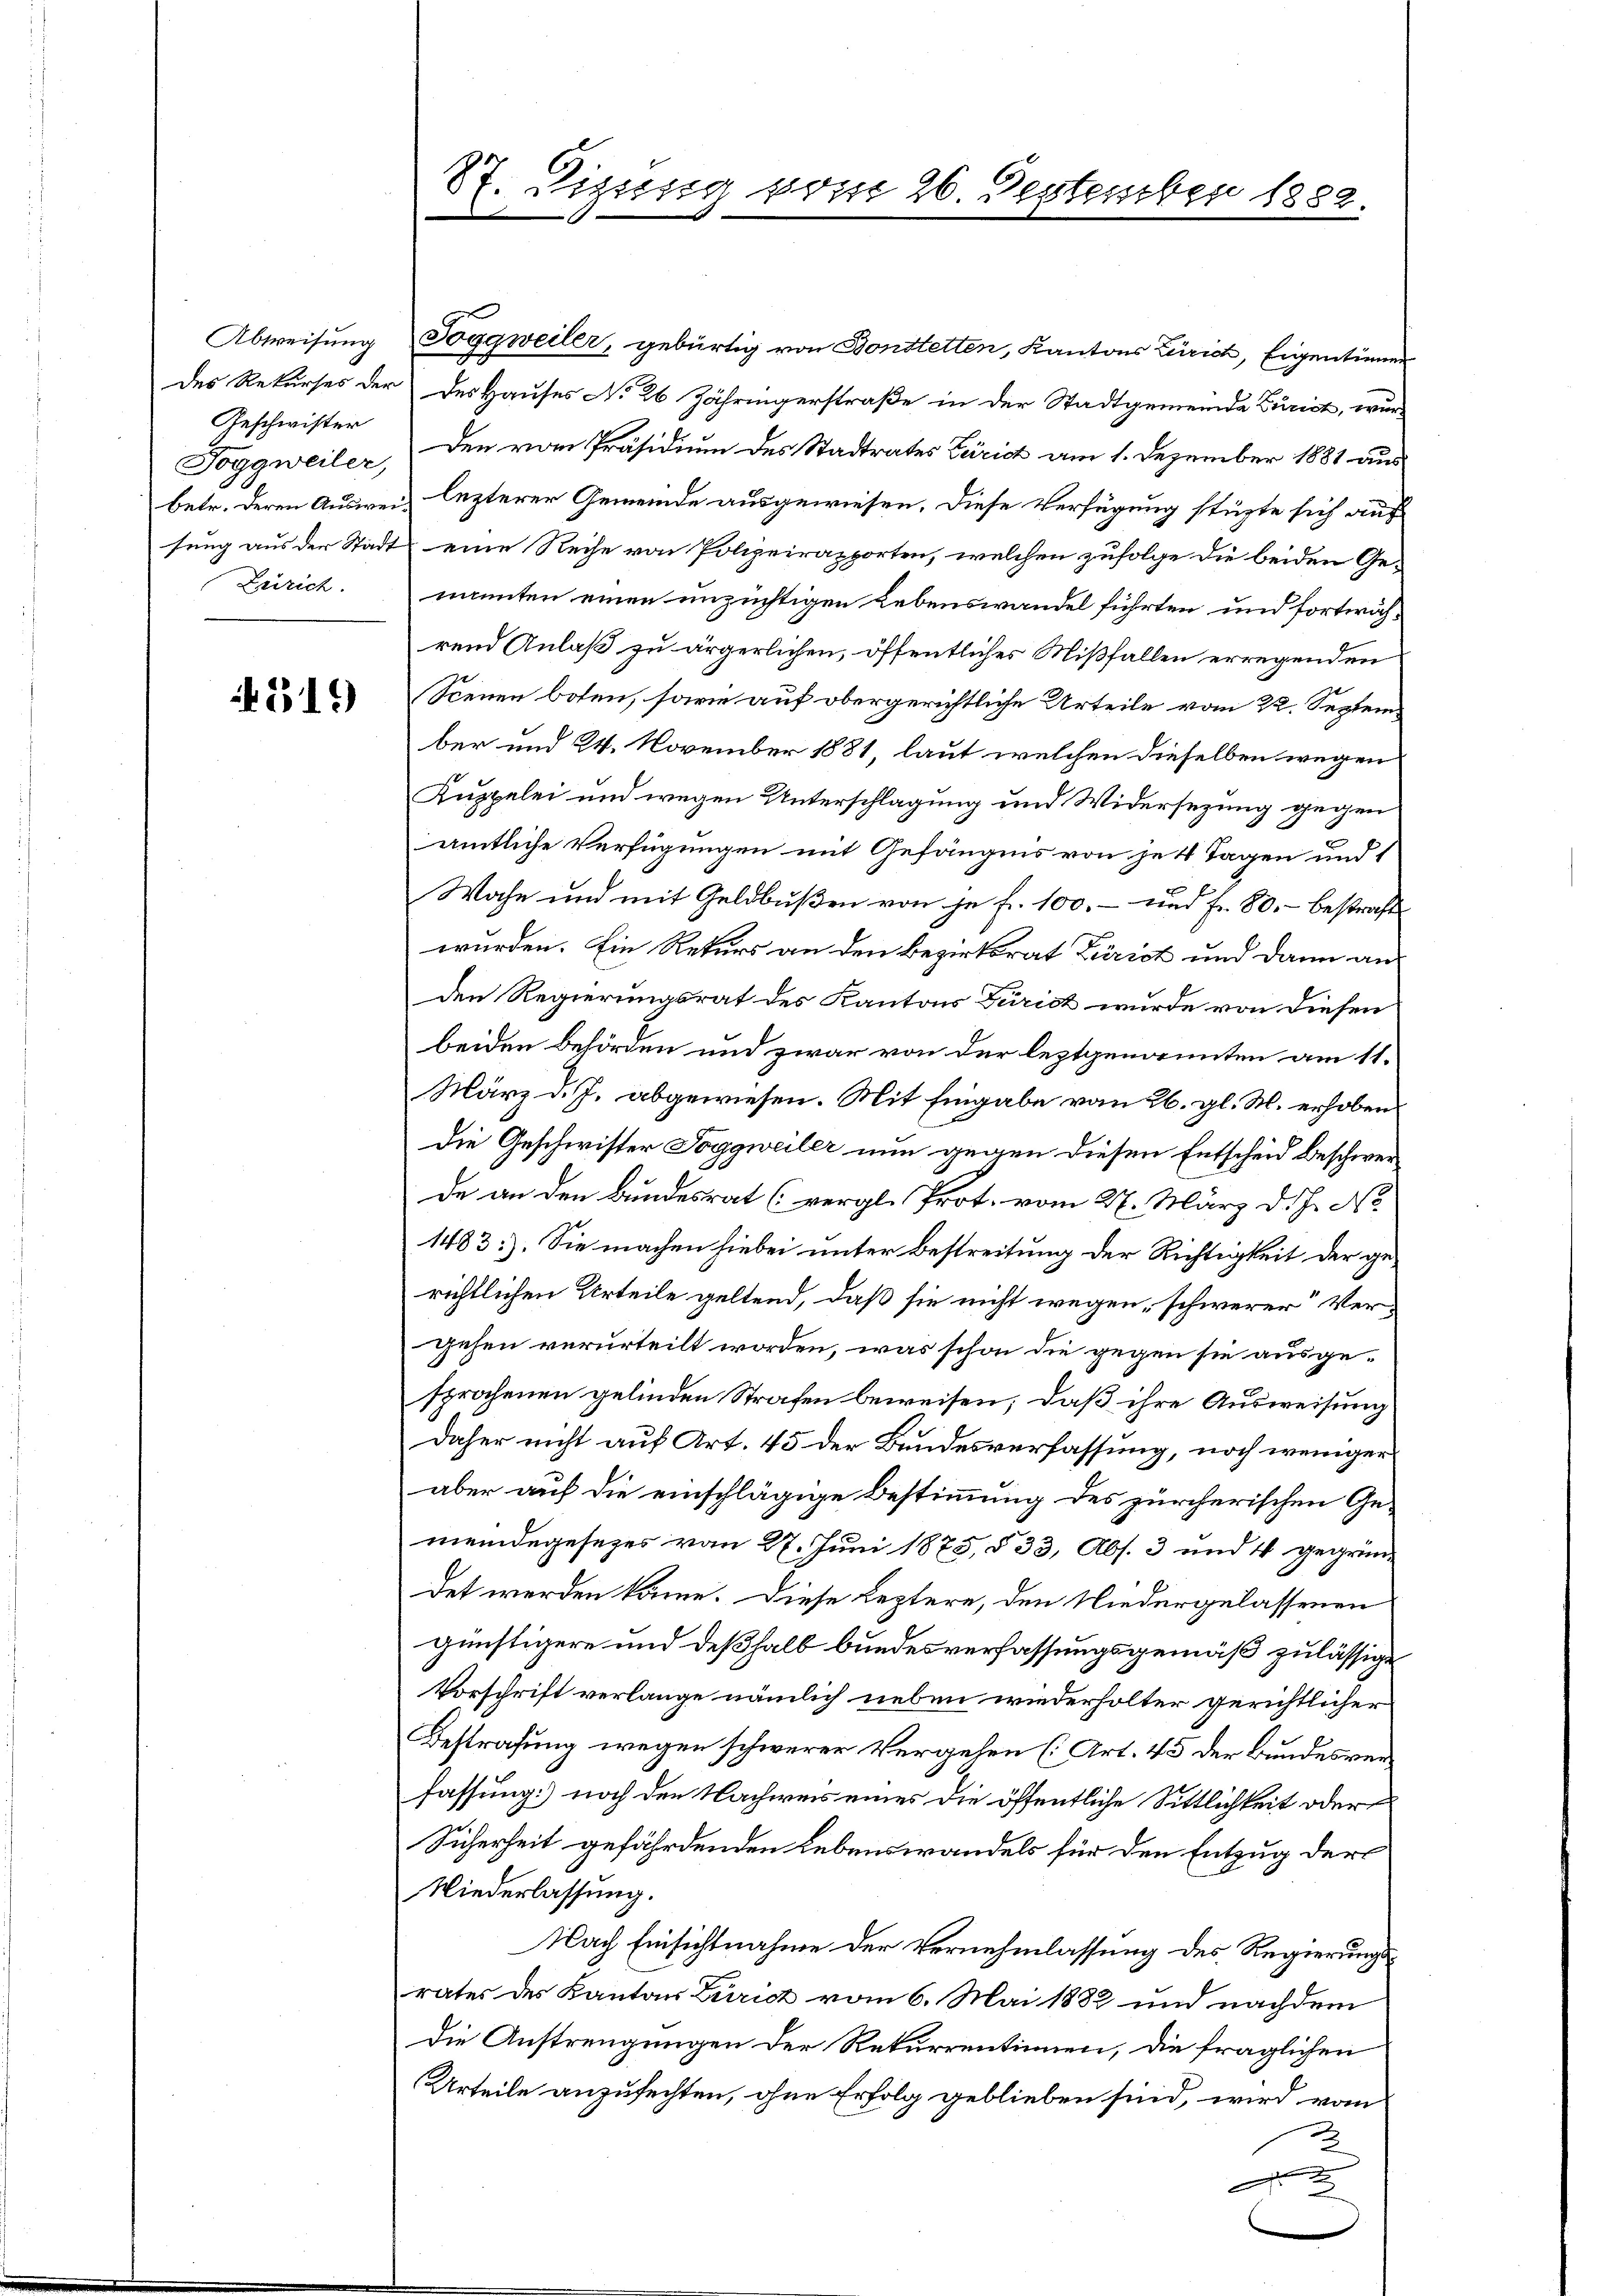
Geschwister
Zürich.

319

Abweisung Toggweiler, gebürtig von Bonstetten, Kantons Zürich, Eigentirung
Der Rekurses der des Hauses No 26 Jähringerstraße in der Stadtgemeinde Zürich, wur
Toggweiler, den vom Präsidium des Stadtrates Zürich am 1. Dezember 1881 aus
betr. deren Ausweis lezterer Gemeinde ausgewiesen. Diese Verfügung stüzte sich auf
sung aus der Stadt eine Reihe von Polizeirapporten, welchen zufolge die beiden Ge-
nannten einen unzüchtigen Lebenswandel führten und fortwährend Anlaß zu ärgerlichen, öffentliches Mißfallen erregenden
Scenen boten, sowie auf obergerichtliche Urteile vom 22. September und 24. November 1881, laut welchen dieselben wegen
Kuppelei und wegen Unterschlagung und Widersezung gegen
amtliche Verfügungen mit Gefängnis von je 4 Tagen und 1
Wahn und mit Geldbußen von je f. 100.- und Fr. 80.- bestraft
wurden. Ein Rekurs an den Bezirksrat Zürich und dann an
den Regierungsrat des Kantons Zürich wurde von diesen
beiden Behörden und zwar von der leztgenannten am 11.
März d. J. abgewiesen. Mit Eingabe vom 26. gl. M. erhoben
Die Geschwister Toggweiler nun gegen diesen Entscheid beschwerde an den Bundesrat (vergl. Prot. vom 27. März d. J. No
1483). Sie machen hiebei unter Bestreitung der Richtigkeit der gerichtlichen Urteile geltend, daß sie nicht wegen, schwerer Vergehen verurteilt worden, was schon die gegen sie ausgesprochenen gelinden Strafen beweisen; daß ihre Ausweisung
daher nicht auf Art. 45 der Bundesverfassung, noch weniger
aber auf die einschlägige Bestimmung des zürcherischen Gemeindegesezes vom 27. Juni 1875, § 33, Abs. 3 und 4 gegrün-
det werden könne. Diese Leztere, den Niedergelassenen
günstigere und deßhalb bundesverfassungsgemäß zulässige
Vorschrift verlange nämlich neben wiederholter gerichtlicher
Bestrafung wegen schwerer Vergehen (Art. 45 der Bundesverfassung] noch den Nachweis eines die öffentliche Sittlichkeit oder
Sicherheit gefährdenden Lebenswandels für den Entzug der
Niederlassung.
Nach Einsichtnahme der Vernehmlassung des Regierungsrates des Kantons Zürich vom 6. Mai 1882 und nachdem
Die Anstrengungen der Rekurrentinnen, die fraglichen
Urteile anzufechten, ohne Erfolg geblieben sind, wird von
2

87. Sizung vom 26. Destember 1882.